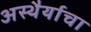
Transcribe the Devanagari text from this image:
अस्थैर्याचा